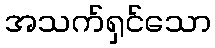
အသက်ရှင်သော